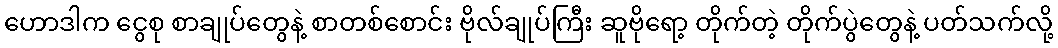
ဟောဒါက ငွေစု စာချုပ်တွေနဲ့ စာတစ်စောင်း ဗိုလ်ချုပ်ကြီး ဆူဗိုရော့ တိုက်တဲ့ တိုက်ပွဲတွေနဲ့ ပတ်သက်လို့